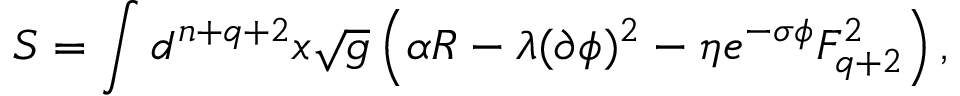
S = \int d ^ { n + q + 2 } x \sqrt { g } \left( \alpha R - \lambda ( \partial \phi ) ^ { 2 } - \eta e ^ { - \sigma \phi } F _ { q + 2 } ^ { 2 } \right) ,